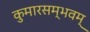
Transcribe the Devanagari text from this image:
कुमारसम्भवम्‌